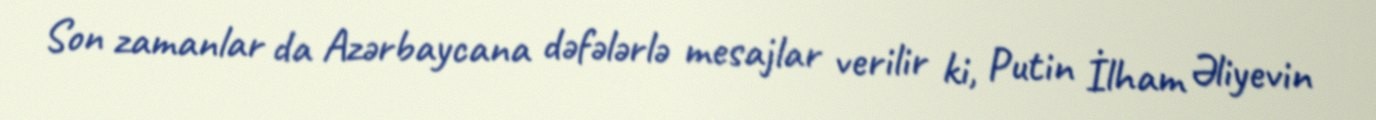
Son zamanlar da Azərbaycana dəfələrlə mesajlar verilir ki, Putin İlham Əliyevin